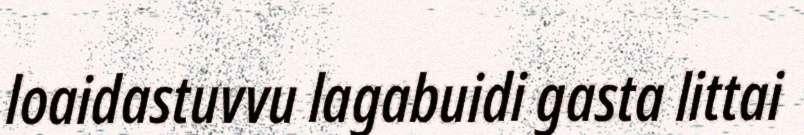
loaidastuvvu lagabuidi gasta littai